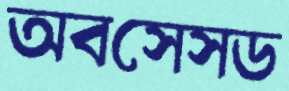
অবসেসড